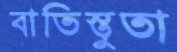
বাতিস্তুতা